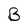
Character: B